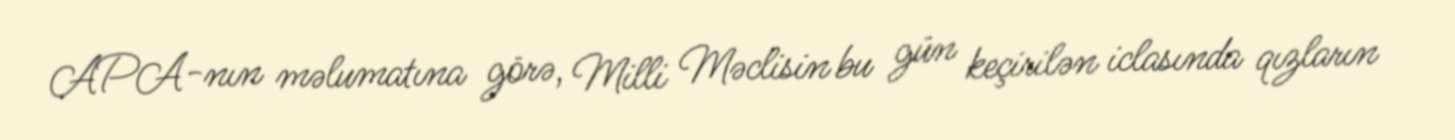
APA-nın məlumatına görə, Milli Məclisin bu gün keçirilən iclasında qızların